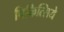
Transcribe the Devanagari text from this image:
चिकित्सिये